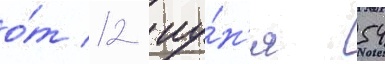
о́т 12 иу́н'я 54